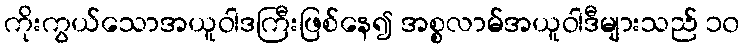
ကိုးကွယ်သောအယူဝါဒကြီးဖြစ်နေ၍ အစ္စလာမ်အယူဝါဒီများသည် ၁၀